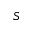
S